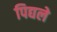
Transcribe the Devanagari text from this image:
पिद्यले